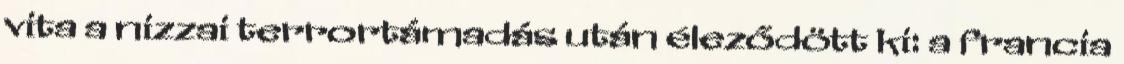
vita a nizzai terrortámadás után éleződött ki: a francia